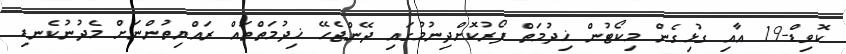
ކޮވިޑް-19 އާއި ގުޅިގެން މިކޯޓުން ޚިދުމަތް ފޯރުކޮށްދިނުމުގައި ދޭންޖެހޭ ޚިދުމަތްތައް ރައްޔިތުންނަށް މެދުނުކެނޑި